Indian journal of veterinary science and animal husbandry - Volumes 24-25, 1954-1955
Year: 1954
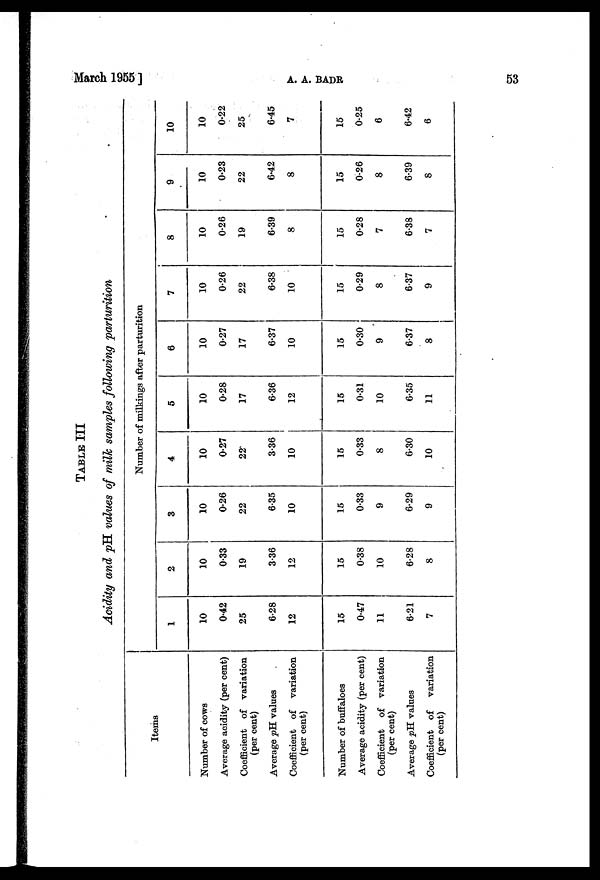
March 1955]
A.
A.
BADR
53
TABLE III
Acidity and pH values of milk samples following parturition
Items
Number of cows
Average acidity (per cent)
Coefficient of variation
(per cent)
Average pH values
Coefficient of variation
(per cent)
Number of buffaloes
Average acidity (per cent)
Coefficient of variation
(per cent)
Average pH values
Coefficient of
variation
(per cent)
Number of milkings after parturition
1
10
0.42
25
6.28
12
15
0.47
11
6.21
7
2
10
0.33
19
3.36
12
15
0.38
10
6.28
8
3
10
0.26
22
6.35
10
15
0.33
9
6.29
9
4
10
0.27
22
3.36
10
15
0.33
8
6.30
10
5
10
0.28
17
6.36
12
15
0.31
10
6.35
11
6
10
0.27
17
6.37
10
15
0.30
9
6.37
8
7
10
0.26
22
6.38
10
15
0.29
8
6.37
9
8
10
0.26
19
6.39
8
15
0.28
7
6.38
7
9
10
0.23
22
6.42
8
15
0.26
8
6.39
8
10
10
0.22
25
6.45
7
15
0.25
6
6.42
6